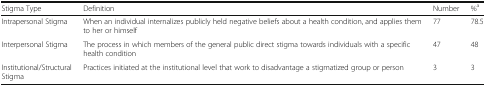
| Stigma Type | Definition | Number | %a |
 | --- | --- | --- | --- |
 | Intrapersonal Stigma | When an individual internalizes publicly held negative beliefs about a health condition, and applies them to her or himself | 77 | 78.5 |
 | Interpersonal Stigma | The process in which members of the general public direct stigma towards individuals with a specific health condition | 47 | 48 |
 | Institutional/Structural Stigma | Practices initiated at the institutional level that work to disadvantage a stigmatized group or person | 3 | 3 |